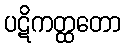
ပဋိကတ္ထတော